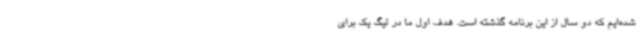
شده‌ایم که دو سال از این برنامه گذشته است. هدف اول ما در لیگ یک برای